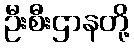
ဦးစီးဌာနတို့